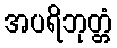
အပရိဘုတ္တံ